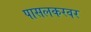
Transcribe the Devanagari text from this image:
पासलकरवर